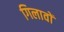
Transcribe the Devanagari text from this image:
गिलावों